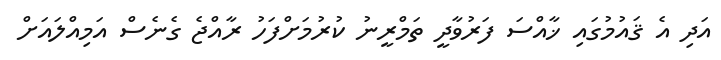
އަދި އެ ޤައުމުގައި ޚާއްސަ ފަރުވާދީ ތަމްރީނު ކުރުމަށްފަހު ރާއްޖެ ގެނެސް އަމިއްލައަށް